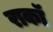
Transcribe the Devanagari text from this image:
राकॉ